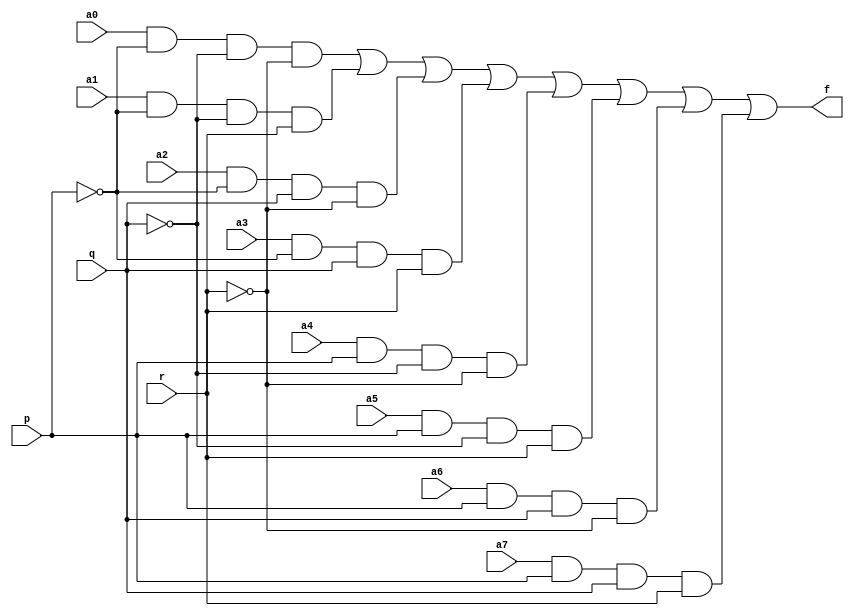
module mux(input a0,a1,a2,a3,a4,a5,a6,a7, p, q, r,output f);
  wire var0,var1,var2,var3,var4,var5,var6,var7;
  wire x, y, z;
  
  not (x, p);
  not (y, q);
  not (z, r);
  
  and g1(var0, a0, x, y, z);
  and g2(var1, a1, x, y, r);
  and g3(var2, a2, x, q, z);
  and g4(var3, a3, x, q, r);
  and g5(var4, a4, p, y, z);
  and g6(var5, a5, p, y, r);
  and g7(var6, a6, p, q, z);
  and g8(var7, a7, p, q, r);
  
  or o1(f, var0, var1, var2, var3, var4, var5, var6, var7);
  
endmodule


module mux_test;
  reg p, q, r,a0,a1,a2,a3,a4,a5,a6,a7;
  wire f;
  mux test(a0,a1,a2,a3,a4,a5,a6,a7,p,q,r,f);
  integer count;
  initial begin
    $dumpfile("dump.vcd");
    $dumpvars;    
    for (count = 0; count < 2048; count = count + 1) begin
      {p, q, r, a0,a1,a2,a3,a4,a5,a6,a7} = count;
      #20;
    end
    $finish;
  end
endmodule